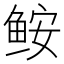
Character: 𩽾